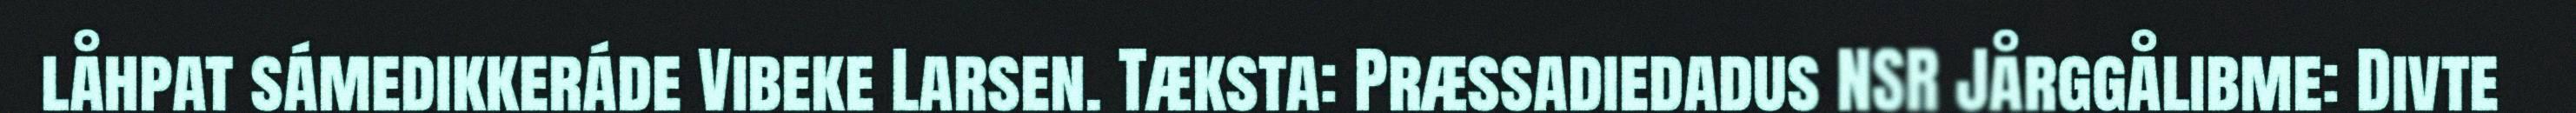
låhpat sámedikkeráde Vibeke Larsen. Tæksta: Præssadiedadus NSR Jårggålibme: Divte